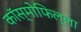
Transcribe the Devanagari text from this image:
कॉस्मोफिल्ला